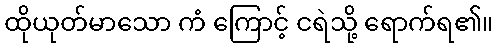
ထိုယုတ်မာသော ကံ ကြောင့် ငရဲသို့ ရောက်ရ၏။